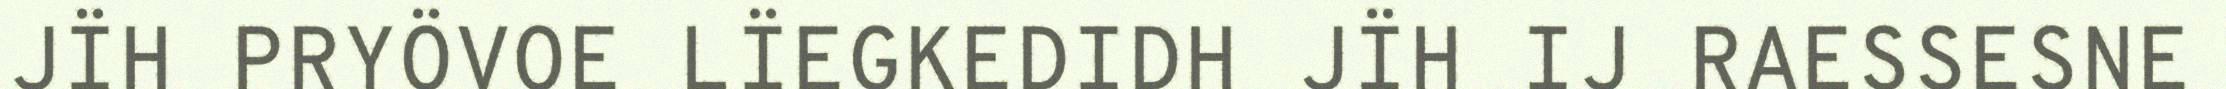
JÏH PRYÖVOE LÏEGKEDIDH JÏH IJ RAESSESNE